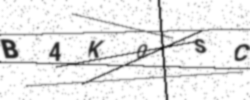
Text: B4K0SC